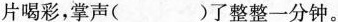
片喝彩，掌声（ ）了整整一分钟。